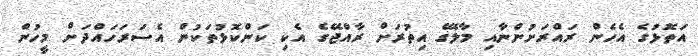
އަތޮޅުގެ އެހެން ރައްރަށުންނާއި މާލޭގެ އިތުރަށް ރާއްޖޭގެ އެކި ކަންކޮޅުތަކުން އެސަރަހައްދަށް މީހުން